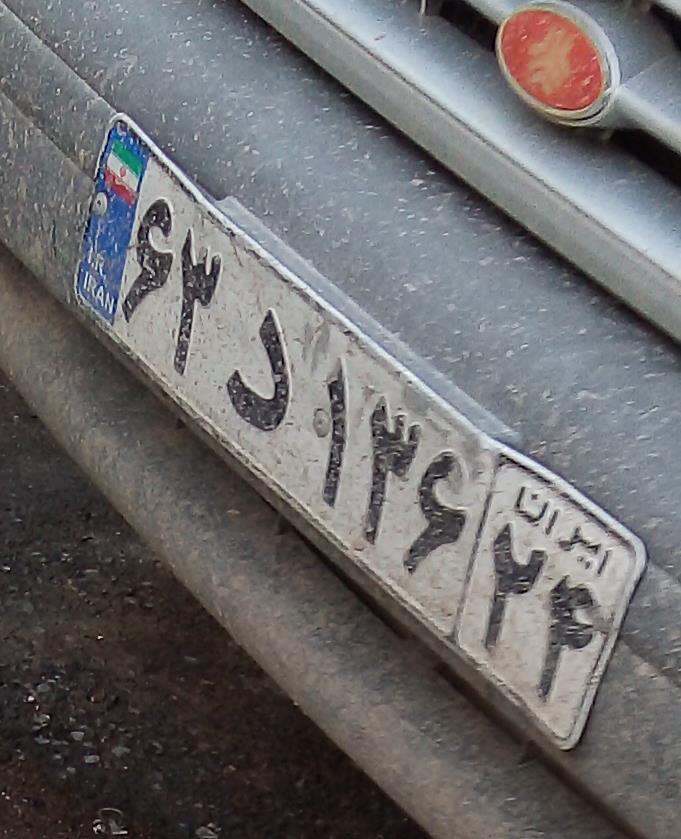
۶۳د۱۳۶۲۴